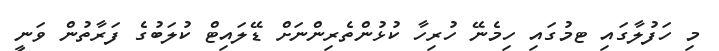
މި ހަފުލާގައި ޓމުގައި ހިމެނޭ ހުރިހާ ކުޅުންތެރިންނަށް ޑޭލައިޓް ކުލަބުގެ ފަރާތުން ވަނީ